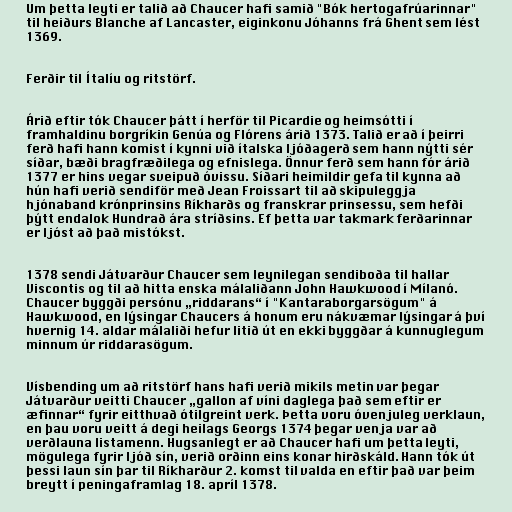
Um þetta leyti er talið að Chaucer hafi samið "Bók hertogafrúarinnar"
til heiðurs Blanche af Lancaster, eiginkonu Jóhanns frá Ghent sem lést
1369.

Ferðir til Ítalíu og ritstörf.

Árið eftir tók Chaucer þátt í herför til Picardie og heimsótti í
framhaldinu borgríkin Genúa og Flórens árið 1373. Talið er að í þeirri
ferð hafi hann komist í kynni við ítalska ljóðagerð sem hann nýtti sér
síðar, bæði bragfræðilega og efnislega. Önnur ferð sem hann fór árið
1377 er hins vegar sveipuð óvissu. Síðari heimildir gefa til kynna að
hún hafi verið sendiför með Jean Froissart til að skipuleggja
hjónaband krónprinsins Ríkharðs og franskrar prinsessu, sem hefði
þýtt endalok Hundrað ára stríðsins. Ef þetta var takmark ferðarinnar
er ljóst að það mistókst.

1378 sendi Játvarður Chaucer sem leynilegan sendiboða til hallar
Viscontis og til að hitta enska málaliðann John Hawkwood í Mílanó.
Chaucer byggði persónu „riddarans“ í "Kantaraborgarsögum" á
Hawkwood, en lýsingar Chaucers á honum eru nákvæmar lýsingar á því
hvernig 14. aldar málaliði hefur litið út en ekki byggðar á kunnuglegum
minnum úr riddarasögum.

Vísbending um að ritstörf hans hafi verið mikils metin var þegar
Játvarður veitti Chaucer „gallon af víni daglega það sem eftir er
æfinnar“ fyrir eitthvað ótilgreint verk. Þetta voru óvenjuleg verklaun,
en þau voru veitt á degi heilags Georgs 1374 þegar venja var að
verðlauna listamenn. Hugsanlegt er að Chaucer hafi um þetta leyti,
mögulega fyrir ljóð sín, verið orðinn eins konar hirðskáld. Hann tók út
þessi laun sín þar til Ríkharður 2. komst til valda en eftir það var þeim
breytt í peningaframlag 18. apríl 1378.